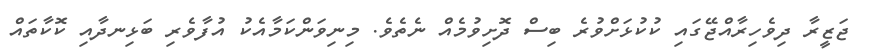
ޖަޒީރާ ދިވެހިރާއްޖޭގައި ކުކުޅަށްވުރެ ބިސް ދޮށިވުމެއް ނެތެވެ. މިނިވަންކަމާއެކު އުފާވެރި ބަޅިނދާއި ކޮކާތައް